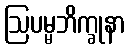
ဩပမ္မဘိက္ခုနာ